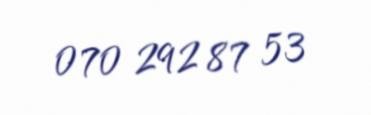
070 292 87 53